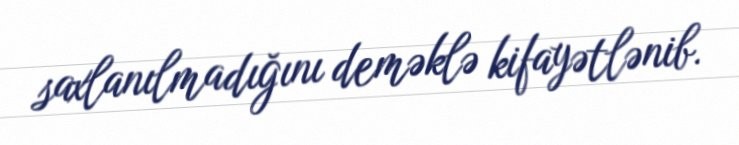
saxlanılmadığını deməklə kifayətlənib.